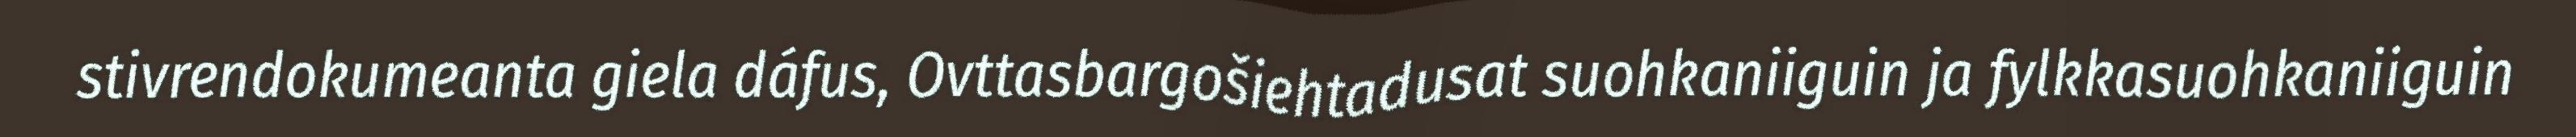
stivrendokumeanta giela dáfus, Ovttasbargošiehtadusat suohkaniiguin ja fylkkasuohkaniiguin